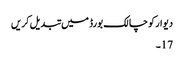
دیوار کو چالک بورڈ میں تبدیل کریں
17۔